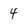
Character: 4